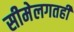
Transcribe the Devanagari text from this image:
सीमेलगतही